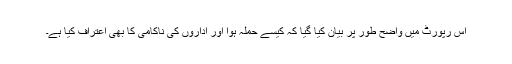
اس رپورٹ میں واضح طور پر بیان کیا گیا کہ کیسے حملہ ہوا اور اداروں کی ناکامی کا بھی اعتراف کیا ہے۔